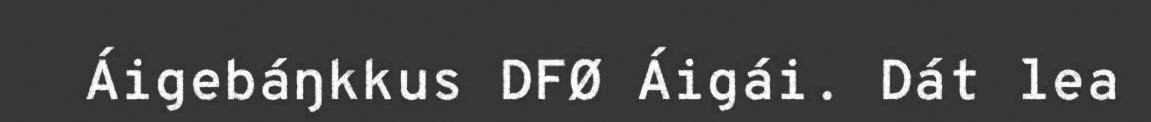
Áigebáŋkkus DFØ Áigái. Dát lea